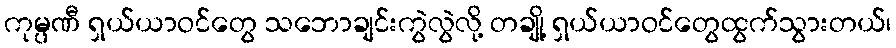
ကုမ္ပဏီ ရှယ်ယာဝင်တွေ သဘောချင်းကွဲလွဲလို့ တချို့ ရှယ်ယာဝင်တွေထွက်သွားတယ်၊